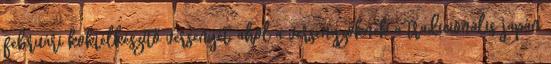
februári koktélkészítő versenyét, ahol a versenyzőknek a tradicionális japán